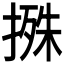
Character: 𢲬